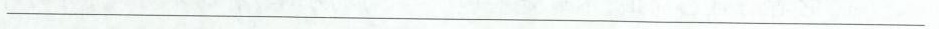
___